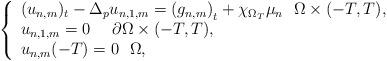
LaTeX: \begin{align*}\left\{ \begin{array}{l}{(u_{n,m})_{t}}-\Delta _{p}u_{n,1,m}=\left( g_{n,m}\right) _{t}+\chi_{\Omega _{T}}\mu _{n}~~\Omega \times (-T,T), \\ u_{n,1,m}=0~~~~\partial \Omega \times (-T,T), \\ {u}_{n,m}(-T)=0~~\Omega ,\end{array}\right.\end{align*}